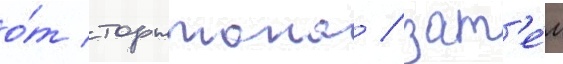
о́т торнтона / зат'е́м